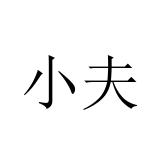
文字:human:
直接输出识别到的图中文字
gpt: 小夫